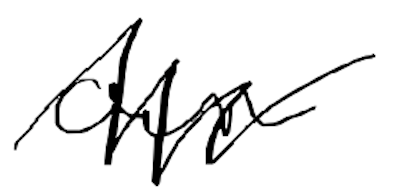
Text: own
Cross-out: zig-zag
Writing tool: digital_black